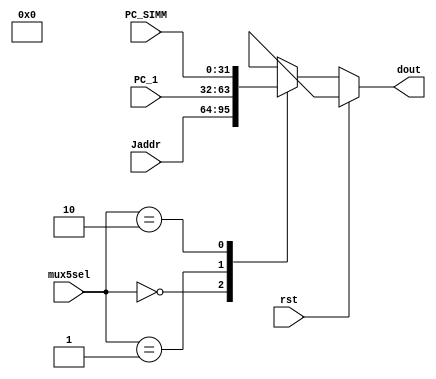
`timescale 1ns / 1ps
//////////////////////////////////////////////////////////////////////////////////
// Company: 
// Engineer: 
// 
// Design Name: 
// Module Name: mux5
// Project Name: 
// Target Devices: 
// Tool Versions: 
// Description: 
// 
// Dependencies: 
// 
// Revision:
// Revision 0.01 - File Created
// Additional Comments:
// 
//////////////////////////////////////////////////////////////////////////////////


module mux5 
/*** PARAMETERS ***/
#(parameter
    DATA_WL     = 32,
    ADDR_RF_WL  = 5,
    ADDR_MEM    = 32,
    IMMED_WL    = 16,
    JUMP_WL     = 26
)
/*** IN/OUT ***/
(
    // IN
    input                           rst,
    input [2 : 0]                   mux5sel,
    input [ADDR_MEM - 1 : 0]        PC_1,
                                    PC_SIMM,
                                    Jaddr,
    // OUT
    output reg [DATA_WL - 1 : 0]    dout
);
    always @(*)
    begin
        if(rst) dout = 1'bx;
        else
        begin
            case(mux5sel)
                0:
                begin
                    dout = Jaddr;
                end
                1:
                begin
                    dout = PC_1;
                end
                2:
                begin
                    dout = PC_SIMM;
                end
                default dout = 1'bx;
            endcase
        end
    end
endmodule